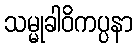
သမ္မုခါဝိကပ္ပနာ